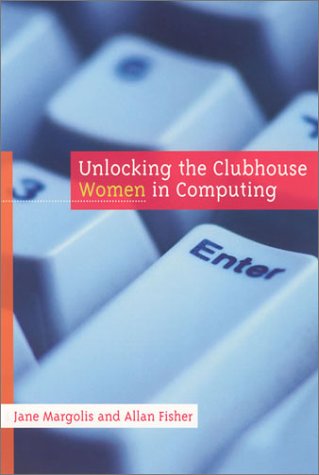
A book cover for Unlocking the Clubhouse: Women in Computing; Jane Margolis; Gay & Lesbian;